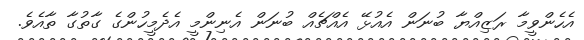
އެހެންވީމާ ރަޒިއްޔާ ބުނަން އެއުޅޭ އެއްޗެއް ބުނަން އެނިންމީ އެދެމީހުންގެ ގާތުގާ ތާއެވެ.